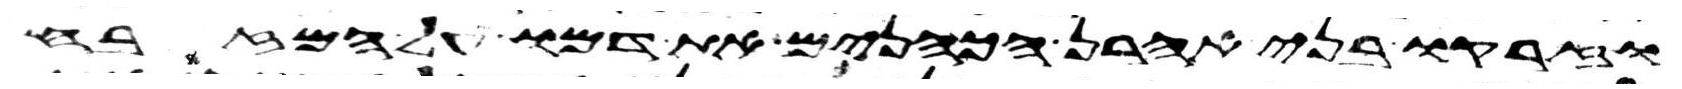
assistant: וזרקו בני אהרן הכהנים את דמו על המזבח